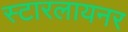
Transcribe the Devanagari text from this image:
स्टारलायनर